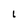
Character: I